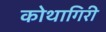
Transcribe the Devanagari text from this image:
कोथागिरी